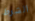
الشرط